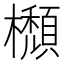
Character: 𣟩